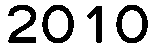
2010